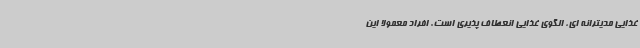
غذایی مدیترانه ای، الگوی غذایی انعطاف پذیری است. افراد معمولا این